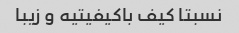
نسبتا کیف باکیفیتیه و زیبا